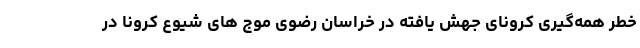
خطر همه‌گیری کرونای جهش یافته در خراسان رضوی موج های شیوع کرونا در